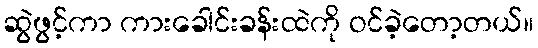
ဆွဲဖွင့်ကာ ကားခေါင်းခန်းထဲကို ဝင်ခဲ့တော့တယ်။